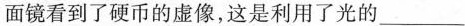
面镜看到了硬币的虚像，这是利用了光的___